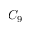
C _ { 9 }